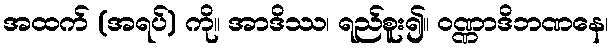
အထက် (အရပ်) ကို။ အာဒိဿ၊ ရည်စူး၍။ ဝဏ္ဏာဒိဘဏနေ၊